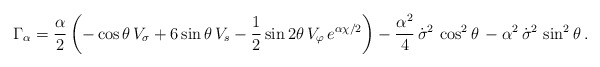
\begin{align*}\Gamma_\alpha=\frac{\alpha}{2}\left(-\cos\theta\, V_\sigma +6\sin\theta\, V_s -\frac{1}{2}\sin 2\theta\,V_\varphi \,e^{\alpha \chi/2}\right)-\frac{\alpha^2}{4}\,\dot{\sigma}^2 \,\cos^2\theta\, -\alpha^2\,\dot{\sigma}^2 \,\sin^2\theta\,.\end{align*}